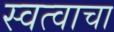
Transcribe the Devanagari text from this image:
स्वत्वाचा